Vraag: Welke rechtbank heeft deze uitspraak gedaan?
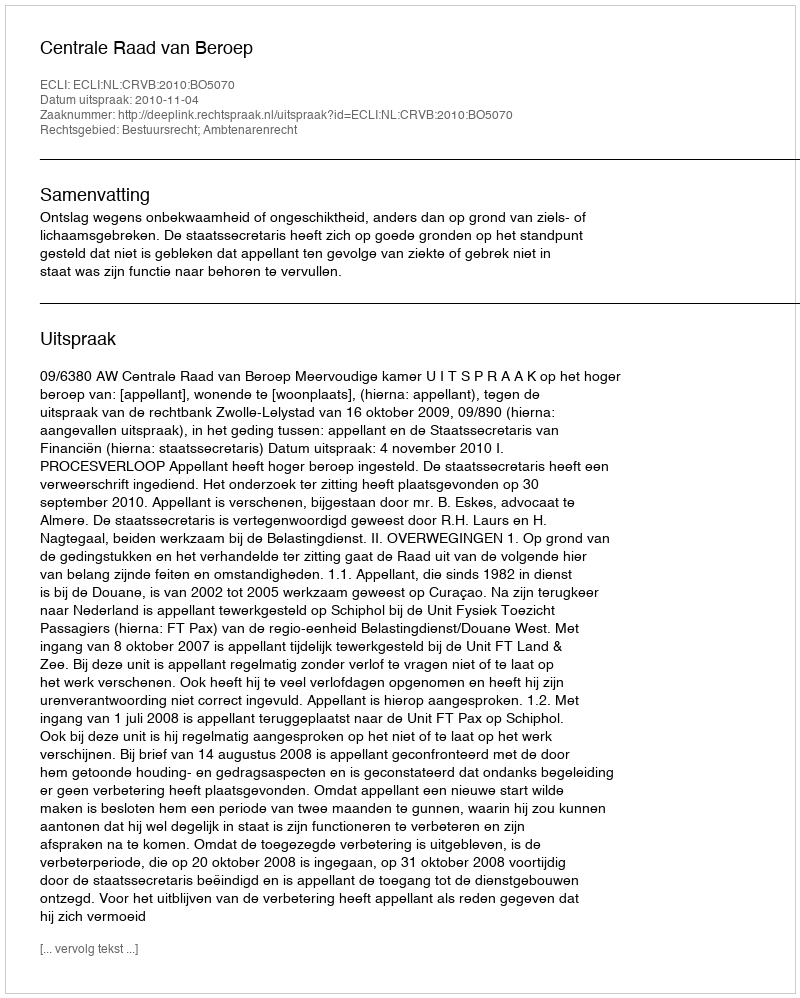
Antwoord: Centrale Raad van Beroep